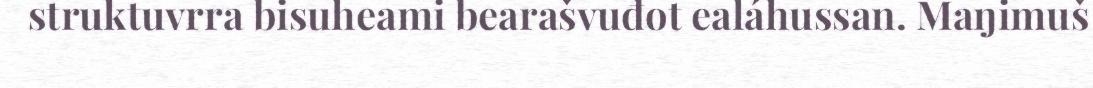
struktuvrra bisuheami bearašvuđot ealáhussan. Maŋimuš